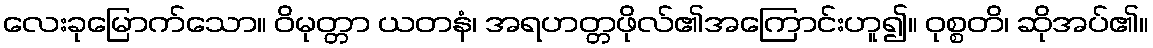
လေးခုမြောက်သော။ ဝိမုတ္တာ ယတနံ၊ အရဟတ္တဖိုလ်၏အကြောင်းဟူ၍။ ဝုစ္စတိ၊ ဆိုအပ်၏။